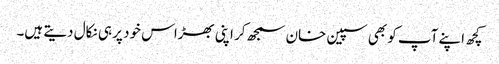
کچھ اپنے آپ کو بھی سپین خان سمجھ کر اپنی بھڑاس خود پر ہی نکال دیتے ہیں۔